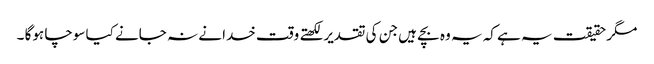
مگر حقیقت یہ ہے کہ یہ وہ بچے ہیں جن کی تقدیر لکھتے وقت خدا نے نہ جانے کیا سوچا ہوگا ۔